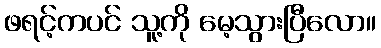
ဖရင့်ကပင် သူ့ကို မေ့သွားပြီလော။